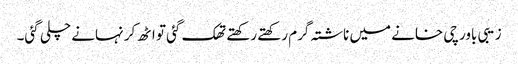
زیبی باورچی خانے میں ناشتہ گرم رکھتے رکھتے تھک گئی تو اٹھ کر نہانے چلی گئی۔